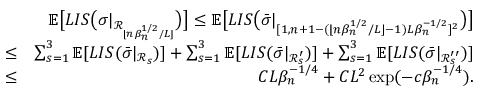
\begin{array} { r l r } & { } & { \mathbb { E } \big [ L I S \big ( \sigma | _ { \mathcal { R } _ { \lfloor n \beta _ { n } ^ { 1 \slash 2 } \slash L \rfloor } } \big ) \big ] \leq \mathbb { E } \big [ L I S \big ( \bar { \sigma } | _ { [ 1 , n + 1 - ( \lfloor n \beta _ { n } ^ { 1 \slash 2 } \slash L \rfloor - 1 ) L \beta _ { n } ^ { - 1 \slash 2 } ] ^ { 2 } } \big ) \big ] } \\ & { \leq } & { \sum _ { s = 1 } ^ { 3 } \mathbb { E } [ L I S ( \bar { \sigma } | _ { \mathcal { R } _ { s } } ) ] + \sum _ { s = 1 } ^ { 3 } \mathbb { E } [ L I S ( \bar { \sigma } | _ { \mathcal { R } _ { s } ^ { \prime } } ) ] + \sum _ { s = 1 } ^ { 3 } \mathbb { E } [ L I S ( \bar { \sigma } | _ { \mathcal { R } _ { s } ^ { \prime \prime } } ) ] } \\ & { \leq } & { C L \beta _ { n } ^ { - 1 \slash 4 } + C L ^ { 2 } \exp ( - c \beta _ { n } ^ { - 1 \slash 4 } ) . } \end{array}